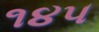
૧૪૫